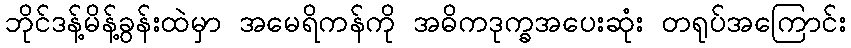
ဘိုင်ဒန့်မိန့်ခွန်းထဲမှာ အမေရိကန်ကို အဓိကဒုက္ခအပေးဆုံး တရုပ်အကြောင်း